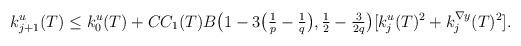
LaTeX: \begin{align*}\begin{aligned}k^{u}_{j+1}(T) &\leq k^{u}_{0}(T)+ C C_{1}(T) B \big(1-3\big(\tfrac{1}{p}-\tfrac{1}{q}\big),\tfrac{1}{2}-\tfrac{3}{2q}\big) [k_{j}^{u}(T)^2+k_{j}^{\nabla y}(T)^2].\end{aligned}\end{align*}